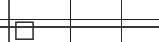
١